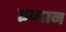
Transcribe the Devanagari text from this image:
इय्वान